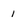
Character: 1